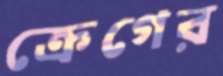
ক্রেগের